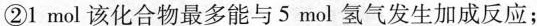
①该化合物能使酸性高锰酸钾溶液退色；